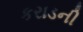
કરાડની